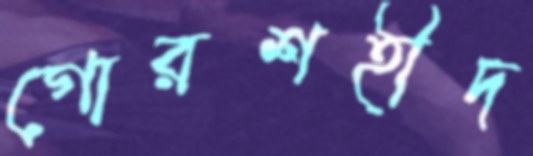
গোরশহীদ